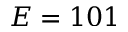
E = 1 0 1